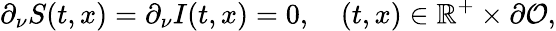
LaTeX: \partial_{\nu}S(t,x)=\partial_{\nu}I(t,x)=0,\quad(t,x)\in\mathbb{R}^{+}\times\partial\mathcal{O},